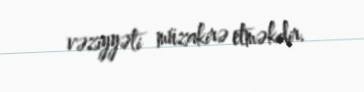
vəziyyəti müzakirə etməkdir.